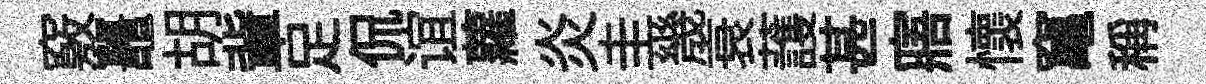
竅鼉胡軰足侃谊蘿炎圭㡬衰䕶甚寤懷𥧄稱